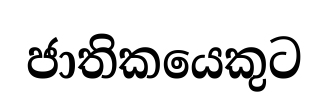
ජාතිකයෙකුට